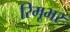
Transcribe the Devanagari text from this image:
रिमूभर